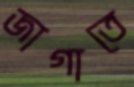
জাগাতে